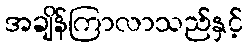
အချိန်ကြာလာသည်နှင့်